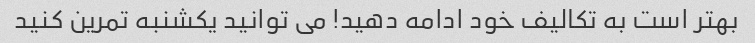
بهتر است به تکالیف خود ادامه دهید! می توانید یکشنبه تمرین کنید